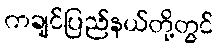
ကချင်ပြည်နယ်တို့တွင်